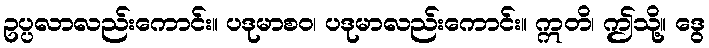
ဥပ္ပလာလည်းကောင်း။ ပဒုမာစဝ၊ ပဒုမာလည်းကောင်း။ ဣတိ၊ ဤသို့။ ဒွေ